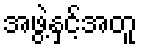
အဖွဲ့နှင့်အတူ